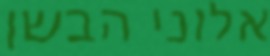
אלוני הבשן